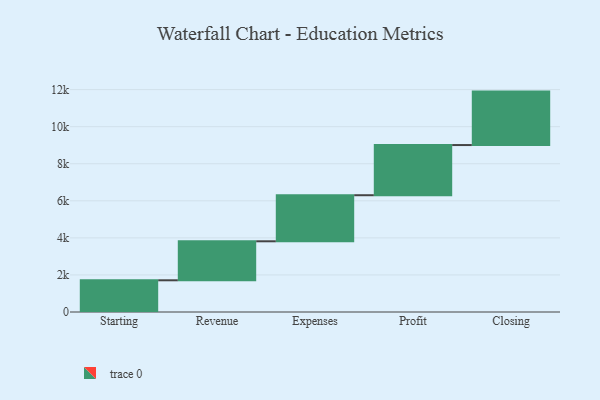
{"axis": {"x": "Step", "y": "Value"}, "legend": [""], "data": [{"x": "Starting", "y": 1711.0, "type": ""}, {"x": "Revenue", "y": 2104.0, "type": ""}, {"x": "Expenses", "y": 2486.0, "type": ""}, {"x": "Profit", "y": 2707.0, "type": ""}, {"x": "Closing", "y": 2884.0, "type": ""}]}